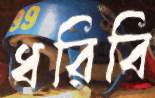
ধরিবি